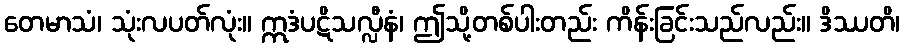
တေမာသံ၊ သုံးလပတ်လုံး။ ဣဒံပဋိသလ္လီနံ၊ ဤသို့တစ်ပါးတည်း ကိန်းခြင်းသည်လည်း။ ဒိဿတိ၊